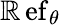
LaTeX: \operatorname{\mathbb{R}ef}_{\theta}